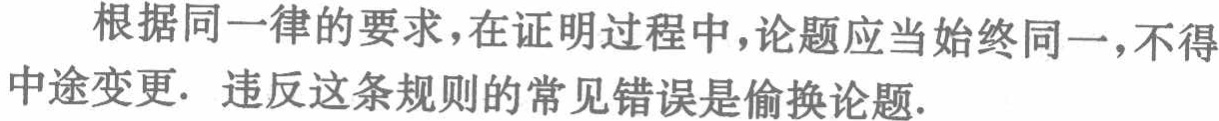
根据同一律的要求，在证明过程中，论题应当始终同一，不得中途变更. 违反这条规则的常见错误是偷换论题.